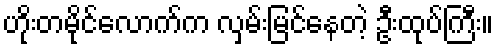
ဟိုးတမိုင်လောက်က လှမ်းမြင်နေတဲ့ ဦးထုပ်ကြီး။